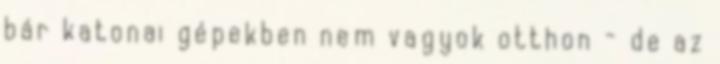
bár katonai gépekben nem vagyok otthon - de az